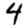
Digit: 4